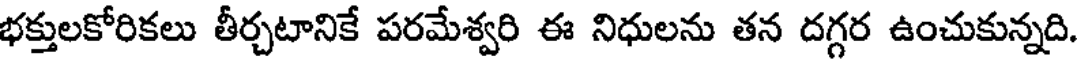
భక్తులకోరికలు తీర్చటానికే పరమేశ్వరి ఈ నిధులను తన దగ్గర ఉంచుకున్నది.